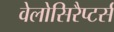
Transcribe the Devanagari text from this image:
वेलोसिरैप्टर्स